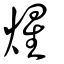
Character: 煋